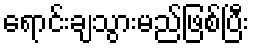
ရောင်းချသွားမည်ဖြစ်ပြီး